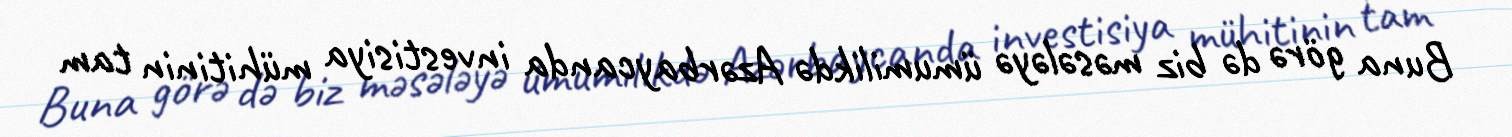
Buna görə də biz məsələyə ümumilikdə Azərbaycanda investisiya mühitinin tam